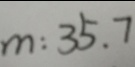
m : 3 5 . 7